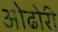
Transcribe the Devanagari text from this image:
ओढोरी